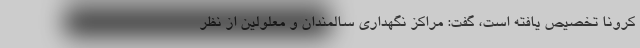
کرونا تخصیص یافته است، گفت: مراکز نگهداری سالمندان و معلولین از نظر